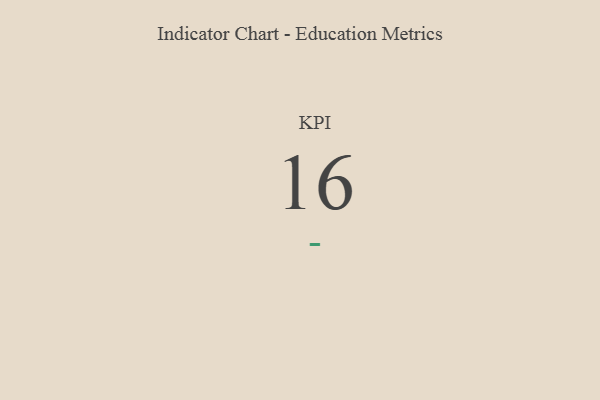
{"axis": {"x": "KPI", "y": "Value"}, "legend": [""], "data": [{"x": "KPI", "y": 16, "type": ""}]}